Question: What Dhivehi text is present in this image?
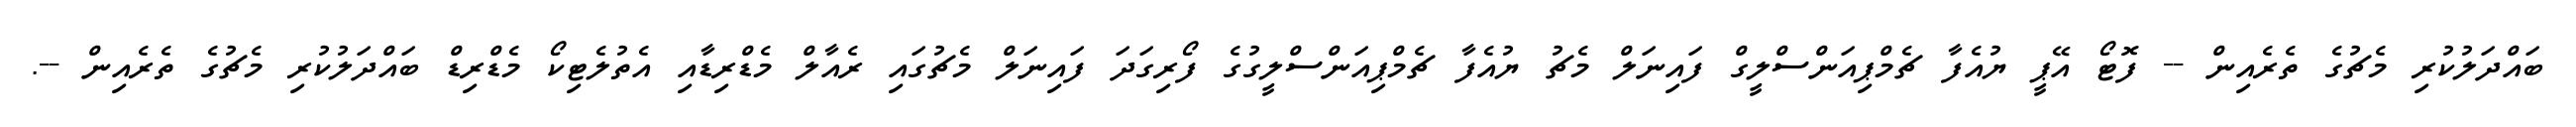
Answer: ބައްދަލުކުރި މެޗުގެ ތެރެއިން -- ފޮޓޯ އޭޕީ ޔުއެފާ ޗެމްޕިއަންސްލީގް ފައިނަލް މެޗު ޔުއެފާ ޗެމްޕިއަންސްލީގުގެ ފޯރިގަދަ ފައިނަލް މެޗުގައި ރެއާލް މެޑްރިޑާއި އެތުލެޓިކޯ މެޑްރިޑް ބައްދަލުކުރި މެޗުގެ ތެރެއިން --.